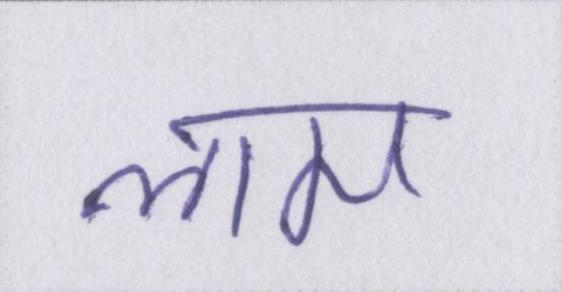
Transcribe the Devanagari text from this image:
लाम